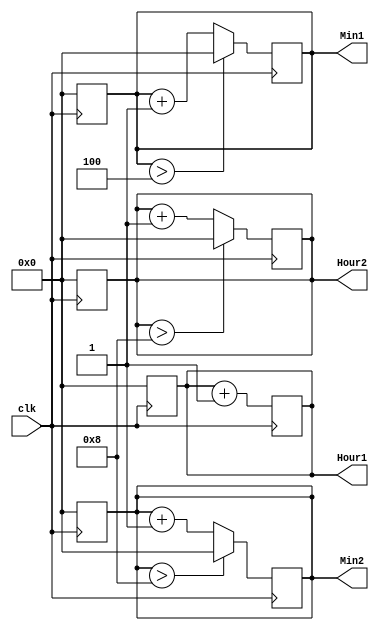
//The clock works @ a period of 1ns
//the time format is: Hour1-Hour2-Min1-Min2

`timescale 1ns/100ps
module watch(input clk, 
output reg [3:0] Hour1,
output reg [3:0] Hour2,
output reg [3:0] Min1,
output reg [3:0] Min2);

//reset after 24hrs
always @ (posedge clk) begin
        Hour1 <= 0;
        Hour2 <= 0;
        Min1 <= 0;
        Min2 <= 0; 
        #86400;    
end

//ones of a minute
always @ (posedge clk) begin
    #60;
    Min2 <= Min2 + 1;
    if (Min2 > 8 )
        Min2 <= 4'b0000;
end

//tens of a minute
always @ (posedge clk) begin
    #600;
    Min1 <= Min1 + 1;
    if (Min1 > 4 )
        Min1 <= 4'b0000;
end

//ones of an hour
always @ (posedge clk) begin
    #3600;
    Hour2 <= Hour2 + 1;
    if (Hour2 > 8 )
        Hour2 <= 4'b0000;
end

//tens of an hour
always @ (posedge clk) begin
    #36000;
    Hour1 <= Hour1 + 1;
end
endmodule